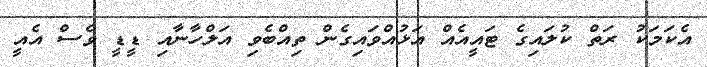
އެކަމަކު ރަތް ކުލައިގެ ޓައީއެއް އަޅުއްވައިގެން ތިއްބެވި އަލްހާނާއި ޑީޑީ ވެސް އެއީ